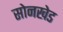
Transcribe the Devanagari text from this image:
सोनखेड